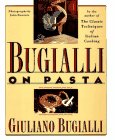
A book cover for Bugialli on Pasta; Giuliano Bugialli; Cookbooks, Food & Wine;